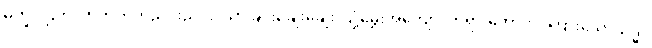
မုက္ခပါဌ်တိ၊ တွတ်တွတ်ညင်းညင်း၊ သာခြင်းချေးချေး၊ ပျံ့မွှေးအကျော်၊ တရားတော်ကို၊ ကြားသော်သဒ္ဓါ၊